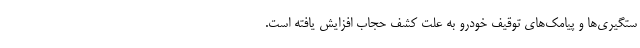
ستگیری‌ها و پیامک‌های توقیف خودرو به علت کشف حجاب افزایش یافته است.